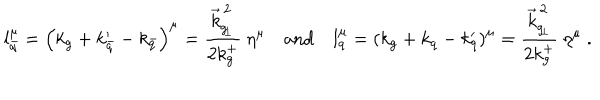
l _ { \bar { q } } ^ { \mu } = \left( k _ { g } + k _ { \bar { q } } ^ { \prime } - k _ { \bar { q } } \right) ^ { \mu } = { \frac { \vec { k } _ { g _ { \! \perp } } ^ { \, 2 } } { 2 k _ { g } ^ { + } } } \ \eta ^ { \mu } \quad \mathrm { a n d } \quad l _ { q } ^ { \mu } = \left( k _ { g } + k _ { q } - k _ { q } ^ { \prime } \right) ^ { \mu } = { \frac { \vec { k } _ { g _ { \! \perp } } ^ { \, 2 } } { 2 k _ { g } ^ { + } } } \ \eta ^ { \mu } \ .